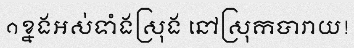
១ខ្នងអស់ទាំងស្រុង នៅស្រុកបារាយ!